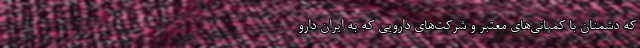
که دشمنان با کمپانی‌های معتبر و شرکت‌های دارویی که به ایران دارو